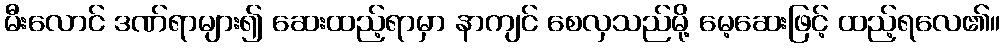
မီးလောင် ဒဏ်ရာများ၍ ဆေးထည့်ရာမှာ နာကျင် စေလှသည်မို့ မေ့ဆေးဖြင့် ထည့်ရလေ၏။